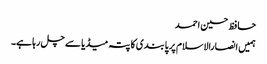
حافظ حسین احمد
ہمیں انصارالاسلام پر پابندی کا پتہ میڈیا سے چل رہا ہے۔